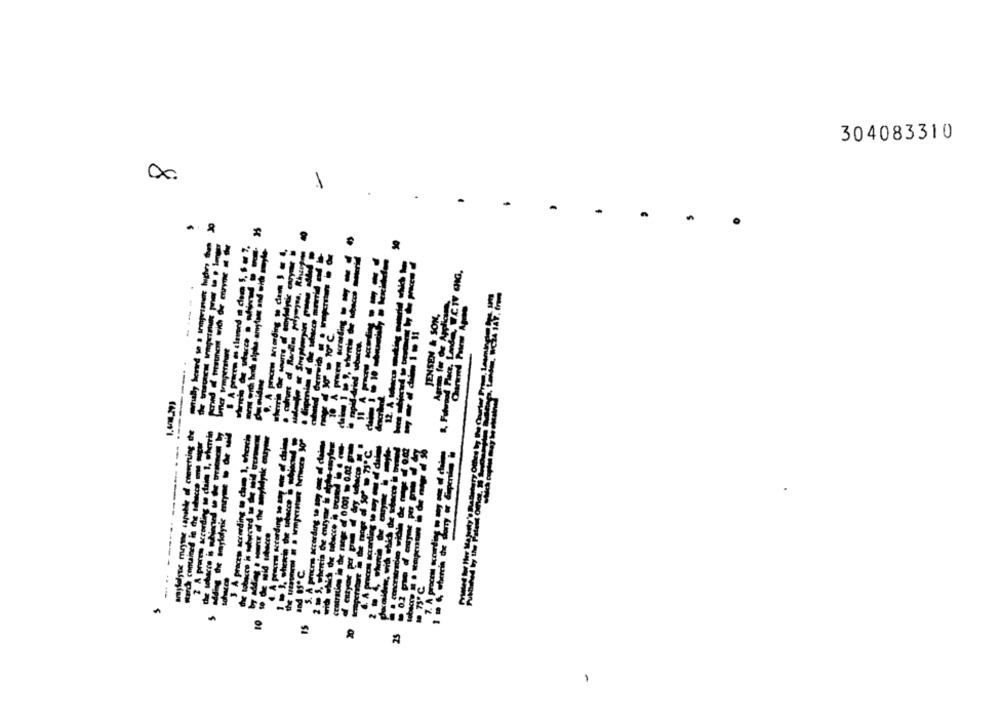
304083310
-
-
----
"NOS # NaSKELS
---
-----
-------
-------
--------
----
-------
adding the maylalyric me - de w
3 A process according to che 1, cherche
stard contained in the tacos me super
----
----
2 10 5, theria Cie enzyme
100
------
Crotration in the rings
----
and ISª℃
---
---
----------
-----
-------
25